Annual report of the Camel Specialist
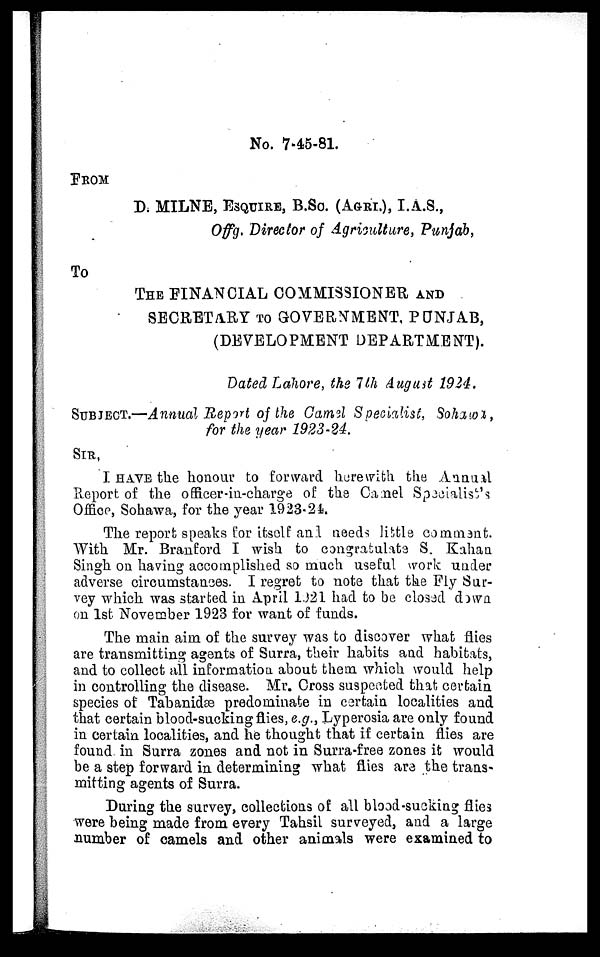
No. 7-45-81.
FROM
D. MILNE, ESQUIRE, B.SC. (AGRI.), I.A.S.,
Offg. Director of Agriculture, Punjab,
To
THE FINANCIAL COMMISSIONER AND
SECRETARY TO GOVERNMENT, PUNJAB,
(DEVELOPMENT DEPARTMENT).
Dated Lahore, the 7th August 1924.
SUBJECT.—Annual Report of the Camel Specialist, Sohawa,
for the year 1923-24.
SIR,
I HAVE the honour to forward herewith the Annual
Report of the officer-in-charge of the Camel Specialist's
Office, Sohawa, for the year 1923-24.
The report speaks for itself and needs little comment.
With Mr. Branford I wish to congratulate S. Kahan
Singh on having accomplished so much useful work under
adverse circumstances. I regret to note that the Fly Sur-
vey which was started in April 1921 had to be closed down
on 1st November 1923 for want of funds.
The main aim of the survey was to discover what flies
are transmitting agents of Surra, their habits and habitats,
and to collect all information about them which would help
in controlling the disease. Mr. Cross suspected that certain
species of Tabanidæ predominate in certain localities and
that certain blood-sucking flies, e.g., Lyperosia are only found
in certain localities, and he thought that if certain flies are
found in Surra zones and not in Surra-free zones it would
be a step forward in determining what flies are the trans-
mitting agents of Surra.
During the survey, collections of all blood-sucking flies
were being made from every Tahsil surveyed, and a large
number of camels and other animals were examined to